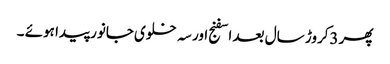
پھر 3کروڑ سال بعد اسفنج اور سہ خلوی جانور پیدا ہوئے ۔